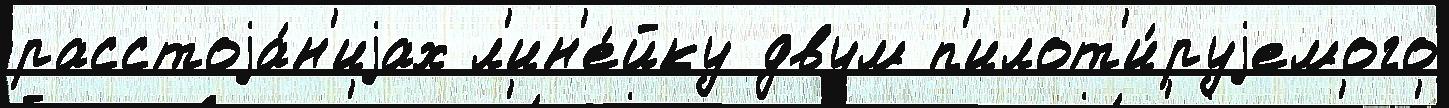
расстоjа́н'иjах л'ин'е́йку двум п'илот'и́руjемого